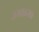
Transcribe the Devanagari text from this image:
उमाइसा